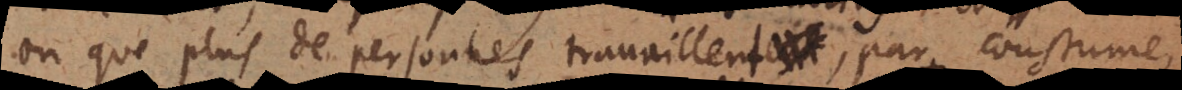
on que plus de personnes travaillent, par coustume,